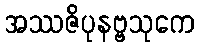
အဿဇိပုနဗ္ဗသုကေ